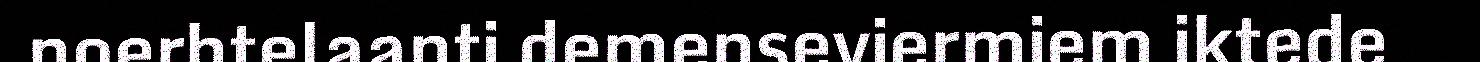
noerhtelaanti demenseviermiem iktede